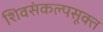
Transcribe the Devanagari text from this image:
शिवसंकल्पसूक्त